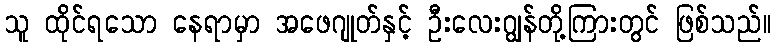
သူ ထိုင်ရသော နေရာမှာ အဖေဂျုတ်နှင့် ဦးလေးဂျွန်တို့ကြားတွင် ဖြစ်သည်။